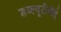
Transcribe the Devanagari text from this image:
डब्ल्यूटीवीई